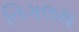
તિગલથ